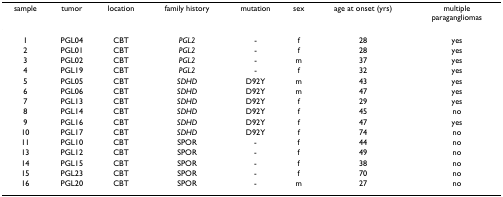
| sample | tumor | location | family history | mutation | sex | age at onset (yrs) | multipleparagangliomas |
 | --- | --- | --- | --- | --- | --- | --- | --- |
 | 1 | PGL04 | CBT | PGL2 | - | f | 28 | yes |
 | 2 | PGL01 | CBT | PGL2 | - | f | 28 | yes |
 | 3 | PGL02 | CBT | PGL2 | - | m | 37 | yes |
 | 4 | PGL19 | CBT | PGL2 | - | f | 32 | yes |
 | 5 | PGL05 | CBT | SDHD | D92Y | m | 43 | yes |
 | 6 | PGL06 | CBT | SDHD | D92Y | m | 47 | yes |
 | 7 | PGL13 | CBT | SDHD | D92Y | f | 29 | yes |
 | 8 | PGL14 | CBT | SDHD | D92Y | f | 45 | no |
 | 9 | PGL16 | CBT | SDHD | D92Y | f | 47 | yes |
 | 10 | PGL17 | CBT | SDHD | D92Y | f | 74 | no |
 | 11 | PGL10 | CBT | SPOR | - | f | 44 | no |
 | 13 | PGL12 | CBT | SPOR | - | f | 49 | no |
 | 14 | PGL15 | CBT | SPOR | - | f | 38 | no |
 | 15 | PGL23 | CBT | SPOR | - | f | 70 | no |
 | 16 | PGL20 | CBT | SPOR | - | m | 27 | no |